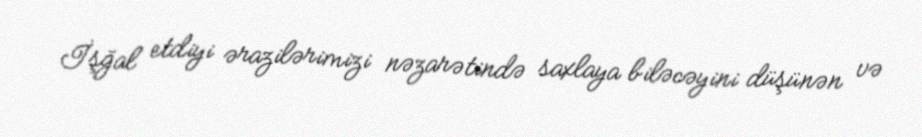
İşğal etdiyi ərazilərimizi nəzarətində saxlaya biləcəyini düşünən və